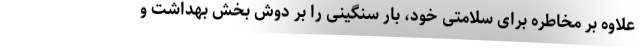
علاوه بر مخاطره برای سلامتی خود، بار سنگینی را بر دوش بخش بهداشت و